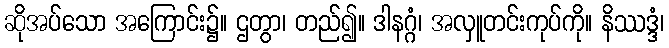
ဆိုအပ်သော အကြောင်း၌။ ဌတွာ၊ တည်၍။ ဒါနဂ္ဂံ၊ အလှူတင်းကုပ်ကို။ နိဿဒ္ဒံ၊